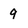
Character: 9